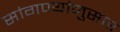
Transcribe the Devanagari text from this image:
सांगण्यांनुसार